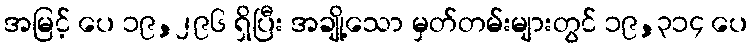
အမြင့် ပေ ၁၉,၂၉၆ ရှိပြီး အချို့သော မှတ်တမ်းများတွင် ၁၉,၃၁၄ ပေ